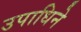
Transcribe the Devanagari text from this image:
उपाधिने